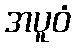
အပူဝံ